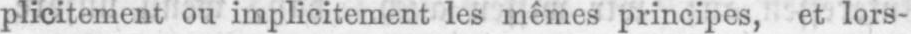
plicitement ou implicitement les mêmes principes, et lors-